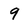
Character: 9